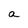
Character: a